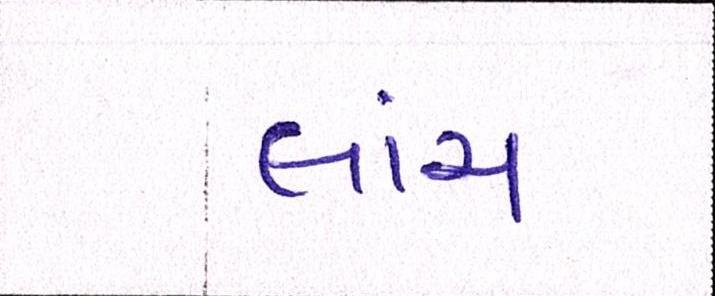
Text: લાંચ